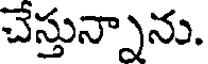
చేస్తున్నాను.